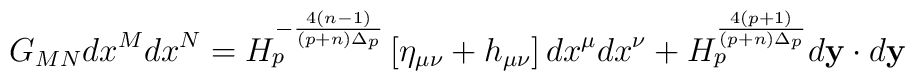
G_{MN}dx^Mdx^N=H^{-{{4(n-1)}\over{(p+n)\Delta_p}}}_p\left[\eta_{\mu\nu}+h_{\mu\nu}\right]dx^{\mu}dx^{\nu}+H^{{4(p+1)}\over{(p+n)\Delta_p}}_pd{\bf y}\cdot d{\bf y}